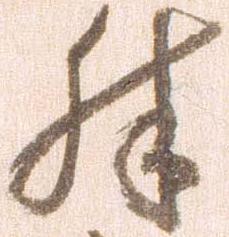
殊